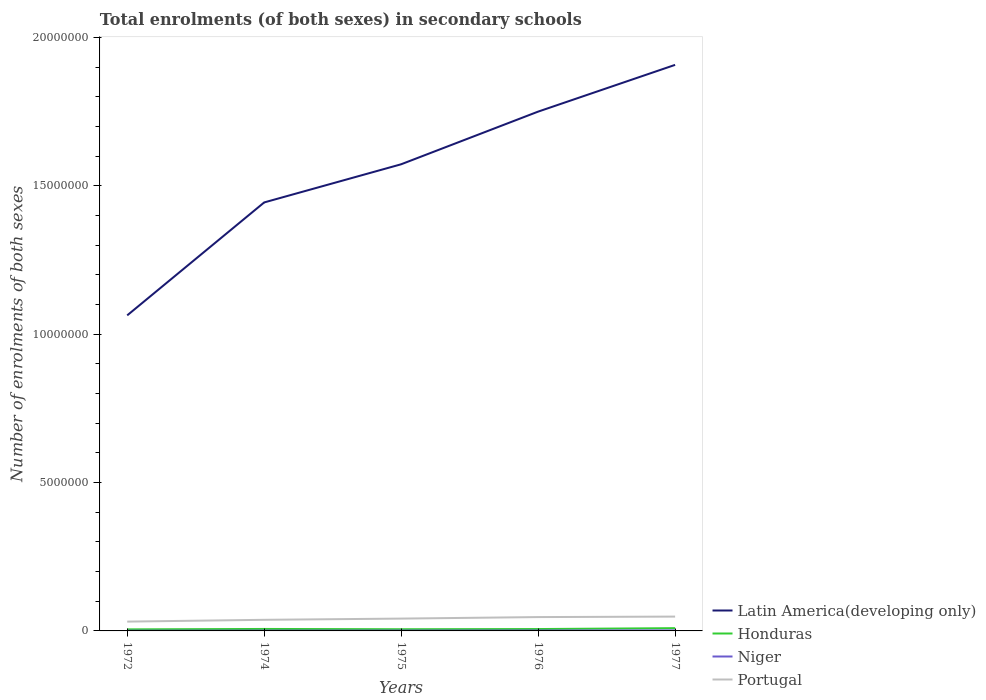
| Years | Latin America(developing only) | Honduras | Niger | Portugal |
 | --- | --- | --- | --- | --- |
 | 1972 | 1.06e+07 | 5.23e+04 | 7.98e+03 | 3.14e+05 |
 | 1974 | 1.44e+07 | 6.64e+04 | 1.11e+04 | 3.74e+05 |
 | 1975 | 1.57e+07 | 5.67e+04 | 1.23e+04 | 4.16e+05 |
 | 1976 | 1.75e+07 | 6.31e+04 | 1.45e+04 | 4.66e+05 |
 | 1977 | 1.91e+07 | 9.33e+04 | 1.81e+04 | 4.83e+05 |